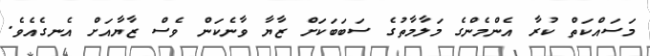
މަސައްކަތް ކުރާ އެންމެންގެ މަލާމާތުގެ ސަބަބަކަށް ޒާޔާ ވާނެކަން ވެސް ޒާޔާއަށް އެނގެއެވެ.